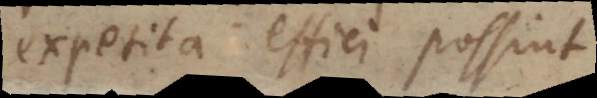
expetita effici possint